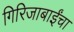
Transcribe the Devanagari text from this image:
गिरिजाबाईंचा